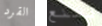
القرد لمنع